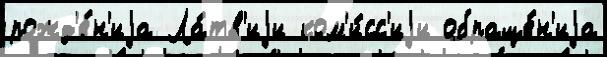
рожд'е́н'иjа Ла́тв'иjи ком'и́сс'иjи обраще́н'иjа